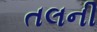
તલની